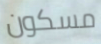
مسكون